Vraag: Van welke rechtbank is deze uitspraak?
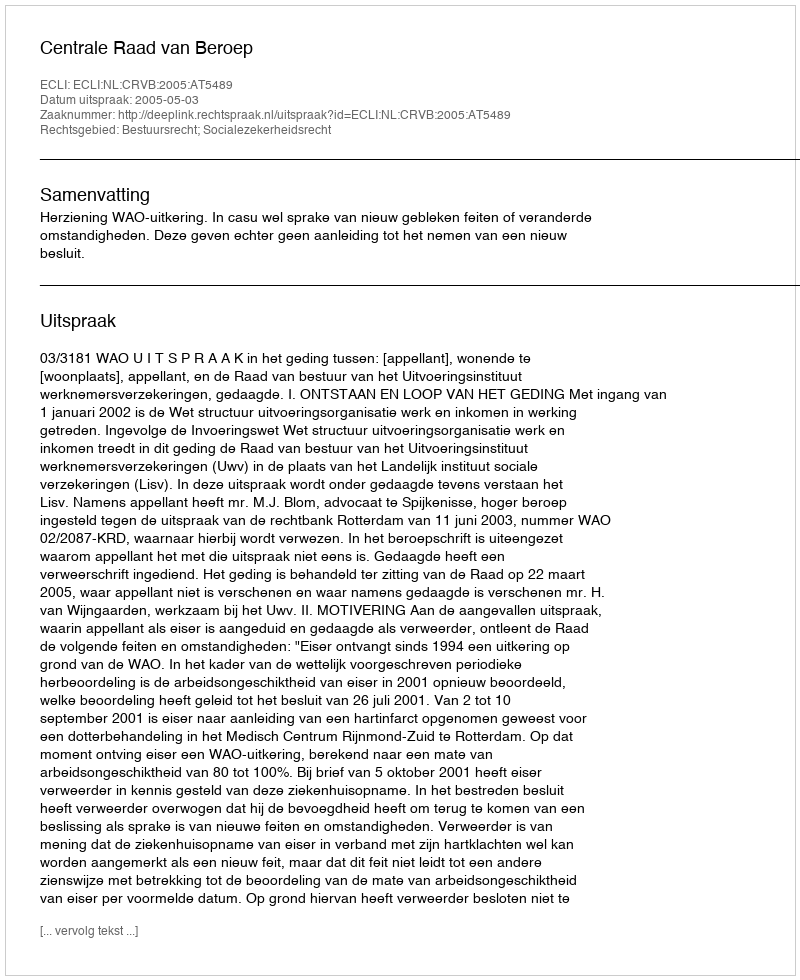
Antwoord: Centrale Raad van Beroep